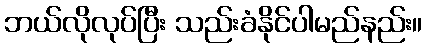
ဘယ်လိုလုပ်ပြီး သည်းခံနိုင်ပါမည်နည်း။